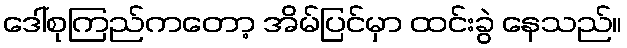
ဒေါ်စုကြည်ကတော့ အိမ်ပြင်မှာ ထင်းခွဲ နေသည်။